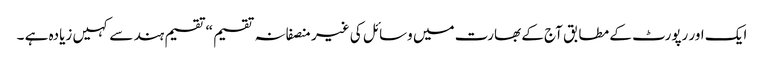
ایک اور رپورٹ کے مطابق آج کے بھارت میں وسائل کی غیر منصفانہ تقسیم “تقسیم ہند سے کہیں زیادہ ہے ۔